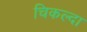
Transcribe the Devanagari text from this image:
चिकल्दा